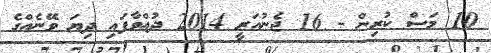
10 މަސް ކުރިން - 16 ޖެނުއަރީ 2014 ދުއްވާފައި ދިޔަ ވޭނެއްގެ